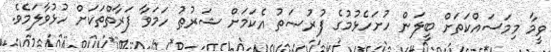
ވީމާ މިމަސައްކަތަށް ބީލަން ހުށަހެޅުމުގެ ފުރުޞަތު އެކަމަށް ޝަރުޠު ހަމަވާ ފަރާތްތަކަށް ހުޅުވާލަމެވެ.